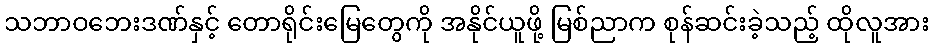
သဘာဝဘေးဒဏ်နှင့် တောရိုင်းမြေတွေကို အနိုင်ယူဖို့ မြစ်ညာက စုန်ဆင်းခဲ့သည့် ထိုလူအား